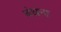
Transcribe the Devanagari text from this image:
बंधना